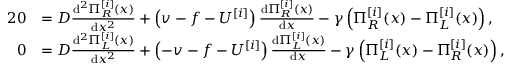
\begin{array} { r l } { { 2 } 0 } & { = D \frac { \mathrm { d } ^ { 2 } \Pi _ { R } ^ { [ i ] } ( x ) } { \mathrm { d } x ^ { 2 } } + \left( v - f - U ^ { [ i ] } \right) \frac { \mathrm { d } \Pi _ { R } ^ { [ i ] } ( x ) } { \mathrm { d } x } - \gamma \left( \Pi _ { R } ^ { [ i ] } ( x ) - \Pi _ { L } ^ { [ i ] } ( x ) \right) , } \\ { 0 } & { = D \frac { \mathrm { d } ^ { 2 } \Pi _ { L } ^ { [ i ] } ( x ) } { \mathrm { d } x ^ { 2 } } + \left( - v - f - U ^ { [ i ] } \right) \frac { \mathrm { d } \Pi _ { L } ^ { [ i ] } ( x ) } { \mathrm { d } x } - \gamma \left( \Pi _ { L } ^ { [ i ] } ( x ) - \Pi _ { R } ^ { [ i ] } ( x ) \right) , } \end{array}